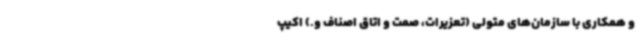
و همکاری با سازمان‌های متولی (تعزیرات، صمت و اتاق اصناف و.) اکیپ